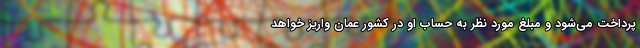
پرداخت می‌شود و مبلغ مورد نظر به حساب او در کشور عمان واریز خواهد